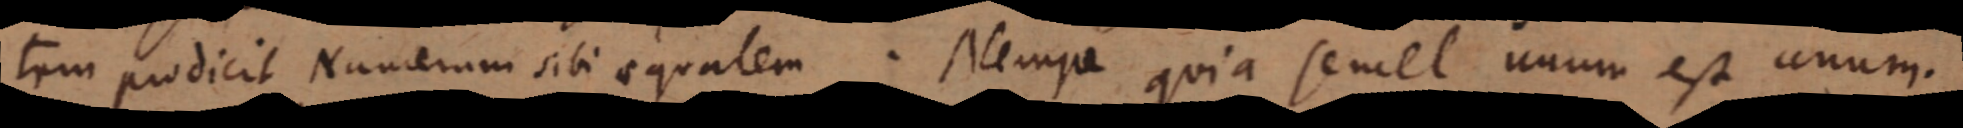
tum prodicit Numerum sibi aequalem. Nempe quia semel unum est unum.